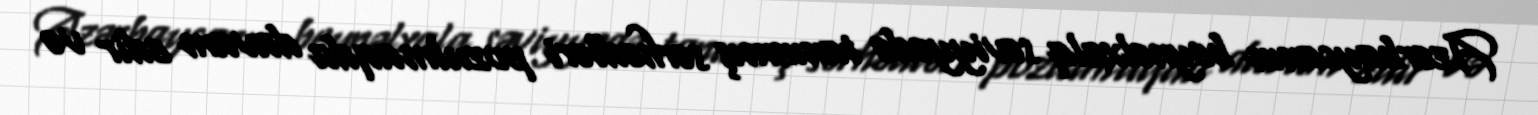
Azərbaycanın beynəlxalq səviyyədə tanınmış sərhədləri pozulmaqda davam edir və